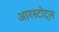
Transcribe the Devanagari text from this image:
आरस्टोट्ल